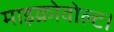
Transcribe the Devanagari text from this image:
माइक्रोवोल्ट।